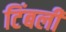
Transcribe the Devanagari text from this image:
टिंबली